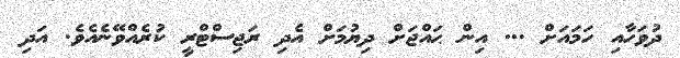
ދުވަހާއި ހަމައަށް ... އިން ޙައްޖަށް ދިޔުމަށް އެދި ރަޖިސްޓްރީ ކުރެއްވޭނެއެވެ. އަދި